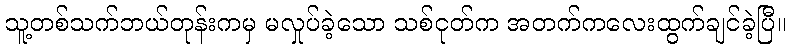
သူ့တစ်သက်ဘယ်တုန်းကမှ မလှုပ်ခဲ့သော သစ်ငုတ်က အတက်ကလေးထွက်ချင်ခဲ့ပြီ။